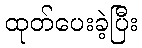
ထုတ်ပေးခဲ့ပြီး